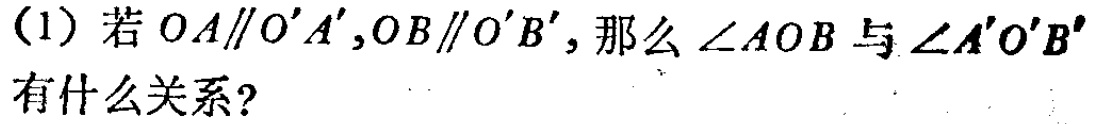
(1) 若 \(OA\parallel O'A',OB\parallel O'B'\)，那么 \(\angle AOB\) 与 \(\angle A'O'B'\) 有什么关系？